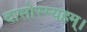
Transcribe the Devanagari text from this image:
दासोस्म्यहम्।